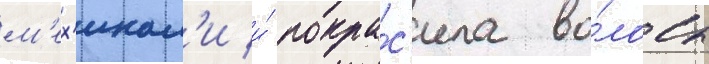
м'ех'икал'и и́ покра́с'ила во́лосы